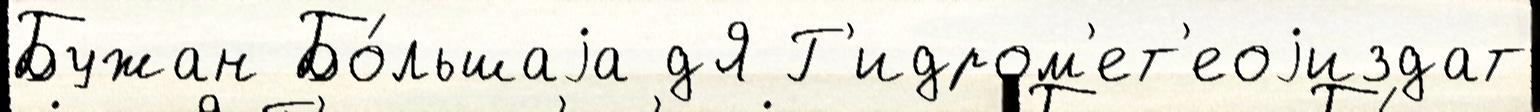
Бужан Бо́льшаjа дЯ Г'идром'ет'еоjиздат